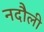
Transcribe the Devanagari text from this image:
नदौली